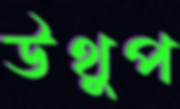
উথুপ